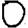
Digit: 0